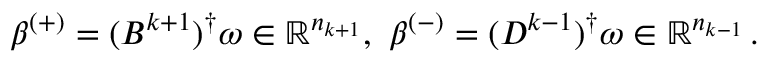
\begin{array} { r } { \beta ^ { ( + ) } = ( B ^ { k + 1 } ) ^ { \dagger } \omega \in \mathbb { R } ^ { n _ { k + 1 } } , \ \beta ^ { ( - ) } = ( D ^ { k - 1 } ) ^ { \dagger } \omega \in \mathbb { R } ^ { n _ { k - 1 } } \, . } \end{array}